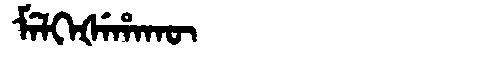
Manchu: ᠮᡝᠯᡴᡝᡧᡝᡥᠠᡴᡡ
Romanization: MELKEŠEHAKŪ